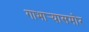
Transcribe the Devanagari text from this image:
गाभार्‍यासमोर